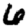
Digit: 6